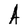
Character: A